Vaccination in Bombay 1889-1901 - 1889-1901
Year: 1889
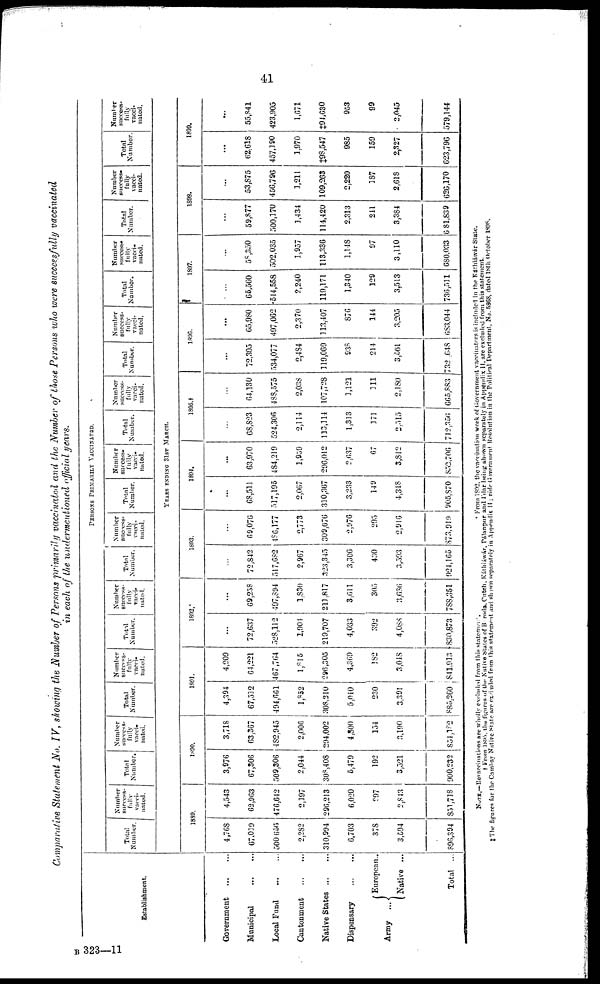
41
Comparative Statement No. IV, showing the Number of Persons primarily vaccinated and the Number of those Persons who were successfully vaccinated
in each of the undermentioned official years.
Establishment.
Government
...
...
Municipal
...
...
Local Fund
...
...
Cantonment
...
...
Native States
...
...
Dispensary
...
...
Army ...
European..
Native ...
Total ...
PERSONS PRIMARILY VACCINATION
Total
Number.
Number
sucecss-
fully
vacci-
nated.
Total
Number.
Number
success.
fully
vacci-
nated.
Total
Number.
Number
success-
fully
vacci-
nated.
Total
Number.
Number
success-
fully
vacci-
nated.
Total
Number.
Number
success-
fully
vacci-
nated.
Total
Number.
Number
success-
fully
vacci-
nated.
Total
Number.
Number
success-
fully
vacci-
nated.
Total
Number.
Number
success-
fully
vacci-
nated.
Total
Number.
Number
success-
fully
vacci-
nated.
Total
Number.
Number
success-
fully
vacci-
nated.
Total
Number.
Number
success-
fully
vacci-
nated.
YEARS ENDING 31ST MARCH.
1889.
4,768
67,019
500,656
2,282
310,994
6,703
378
3,594
896,394
4,543
62,963
476,642
2,197
296,213
6,020
297
2,843
851,718
1890.
3,976
67,306
509,306
2,044
308,408
5,479
192
3,521
900,232
3,718
63,367
482,945
2,006
294,002
4,800
154
3,190
851,182
1891.
4,394
67,512
494,661
1,852
308,210
5,010
230
3,391
885,260
4,209
64,221
467,764
1,815
296,305
4,369
182
3,048
841,913
1892.
...
72,637
528,112
1,901
219,707
4,033
302
4,088
830,873
...
69,258
497,894
1,830
211,817
3,611
305
3,636
788,351
1893.
...
72,842
517,682
2,967
323,345
3,306
430
3,593
924,165
...
69,076
186,177
2,773
309,676
2,976
295
2,916
873,919
1894.
...
68,511
517,195
2,067
310,367
3,233
149
4,348
905,870
...
63,970
484,219
1,959
296,012
2,637
67
3,842
852,706
1895.†
...
68,823
524,306
2,114
113,114
1,313
171
2,515
712,356
...
64,130
488,575
2,038
107,728
1,121
111
2,180
665,883
1896.
...
72,305
534,077
2,484
119,069
938
214
3,561
732,648
...
65,980
497,062
2,370
313,407
876
144
3,205
683,044
1897.
...
65,560
514,558
2,240
119,171
1,340
129
3,513
736,511
...
58,350
502,035
1,957
113,336
1,148
97
3,110
680,033
1893.
...
59,877
500,170
1,434
114,420
2,313
211
3,384
681,839
...
53,875
456,796
1,211
109,263
2,220
187
2,618
626,170
1899.
...
62,618
457,190
1,970
‡98,547
985
159
2,327
623,796
...
55,841
423,905
1,671
‡94,630
953
99
2,045
579,144
NOTE.—Revaccinations are wholly excluded from this statement,
*
From 1892, the vaccination work of Government vaccinators is included in the Káthiáwár State.
† From 1895, the figures of the Native States of B rods. Cutch, Káthiáwar, Pálanpur and Ídar being shown separately in Appendix II, are excluded from this statement.
‡The figures for the Cambay Native State are excluded from this statement and shown separately in Appendix II; vide Government Resolution in the Political Department, No. 5868, dated 18th October1898.
B 323—11